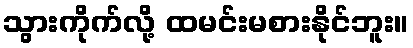
သွားကိုက်လို့ ထမင်းမစားနိုင်ဘူး။